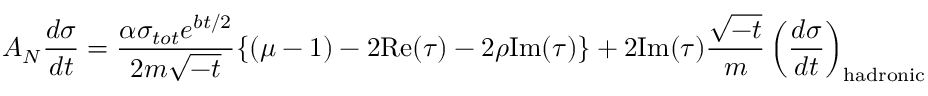
A _ { N } \frac { d \sigma } { d t } = \frac { \alpha \sigma _ { t o t } e ^ { b t / 2 } } { 2 m \sqrt { - t } } \{ ( \mu - 1 ) - 2 \mathrm { R e } ( \tau ) - 2 \rho \mathrm { I m } ( \tau ) \} + 2 \mathrm { I m } ( \tau ) \frac { \sqrt { - t } } { m } \left( \frac { d \sigma } { d t } \right) _ { \mathrm { h a d r o n i c } }